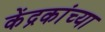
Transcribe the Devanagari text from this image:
केंद्रकांच्या